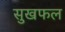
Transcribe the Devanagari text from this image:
सुखफल